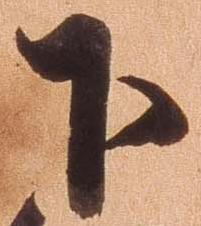
下